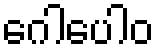
ဂေါပေါဝ